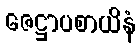
ဇေဋ္ဌာပစာယိနံ